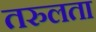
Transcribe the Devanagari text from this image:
तरुलता